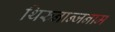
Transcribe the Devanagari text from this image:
थिरुनान्जनाम